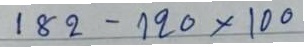
182 - 120x100